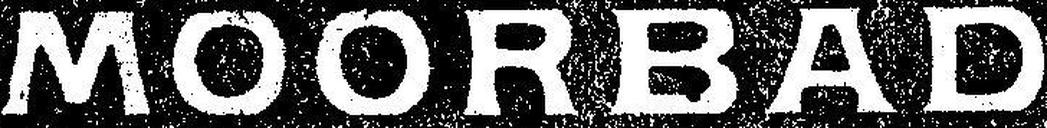
MOORBAD